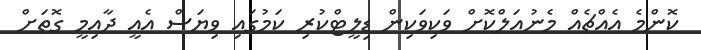
ކޮންމެ އެއްޗެއް މެނުއަލްކޮށް ވަކިވަކިން ޑިލީޓްކުރި ކަމުގައި ވިޔަސް އެއީ ދާއިމީ ގޮތަށް